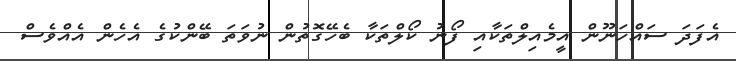
އެފަދަ ސައްހަނޫން އީމެއިލްތަކާއި ފޯނު ކޯލްތަކާ ބެހޭގޮތުން ނުވަތަ ބޭންކުގެ އެހެން އެއްވެސް